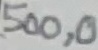
Text: 500,0